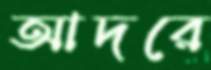
আদরে